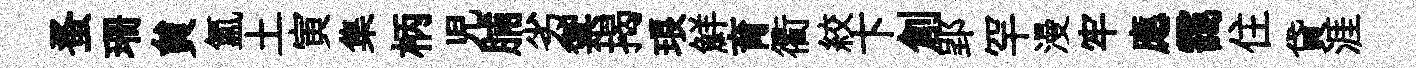
蚤珊貟氲土寅集柄児脯劣禦揭琅鮮育衢絞卞創郢罕漫牢應靄住貸涯